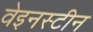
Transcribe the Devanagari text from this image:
वेइनस्टीन